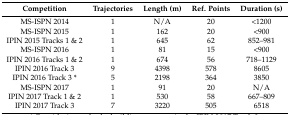
| Competition | Trajectories | Length (m) | Ref. Points | Duration (s) |
 | --- | --- | --- | --- | --- |
 | MS-ISPN 2014 | 1 | N/A | 20 | <1200 |
 | MS-ISPN 2015 | 1 | 162 | 20 | <900 |
 | IPIN 2015 Tracks 1 & 2 | 1 | 645 | 62 | 852–981 |
 | MS-ISPN 2016 | 1 | 81 | 15 | <900 |
 | IPIN 2016 Tracks 1 & 2 | 1 | 674 | 56 | 718–1129 |
 | IPIN 2016 Track 3 | 9 | 4398 | 578 | 8605 |
 | IPIN 2016 Track 3 * | 5 | 2198 | 364 | 3850 |
 | MS-ISPN 2017 | 1 | 91 | 20 | N/A |
 | IPIN 2017 Track 1 & 2 | 1 | 530 | 58 | 667–809 |
 | IPIN 2017 Track 3 | 7 | 3220 | 505 | 6518 |